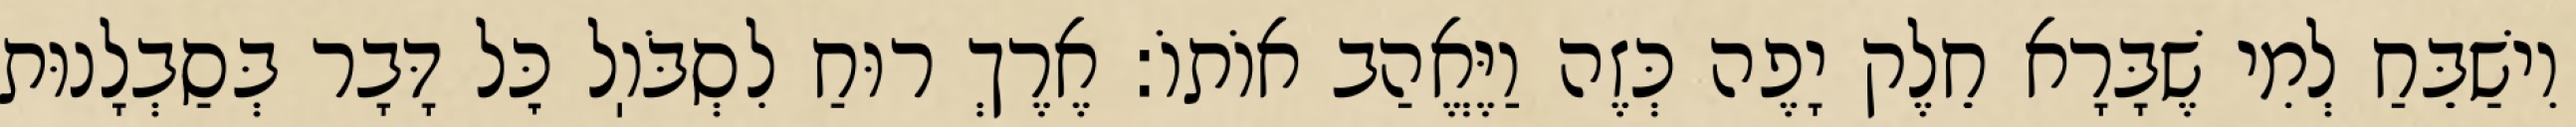
וִישַׁבֵּחַ לְמִי שֶׁבָּרָא חֵלֶק יָפֶה כְּזֶה וַיֶּאֱהַב אוֹתוֹ: אֶרֶךְ רוּחַ לִסְבֹּוֽל כׇּל דָּבָר בְּסַבְלָנוּת